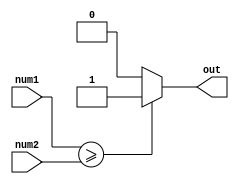
module compare_ge(
    input [3:0] num1,
    input [3:0] num2,
    output reg out
);

always @(*)
begin
    if(num1 >= num2)
        out = 1;
    else
        out = 0;
end

endmodule